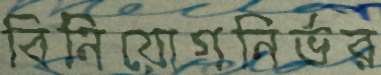
বিনিয়োগনির্ভর